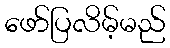
ဖော်ပြလိမ့်မည်